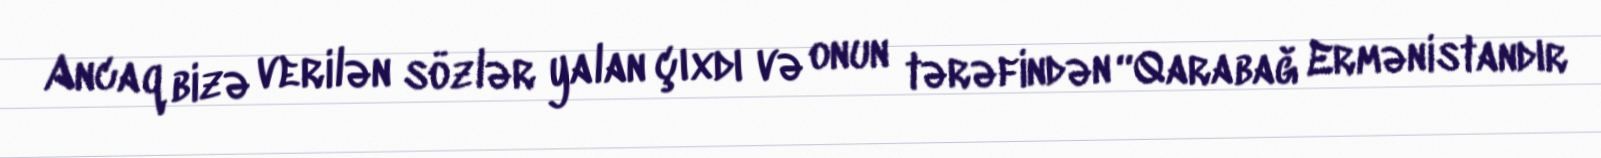
Ancaq bizə verilən sözlər yalan çıxdı və onun tərəfindən “Qarabağ Ermənistandır